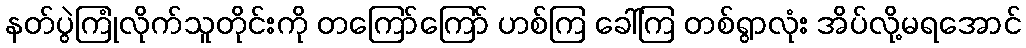
နတ်ပွဲကြုံလိုက်သူတိုင်းကို တကြော်ကြော် ဟစ်ကြ ခေါ်ကြ တစ်ရွာလုံး အိပ်လို့မရအောင်